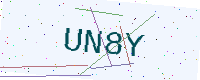
Text: UN8Y